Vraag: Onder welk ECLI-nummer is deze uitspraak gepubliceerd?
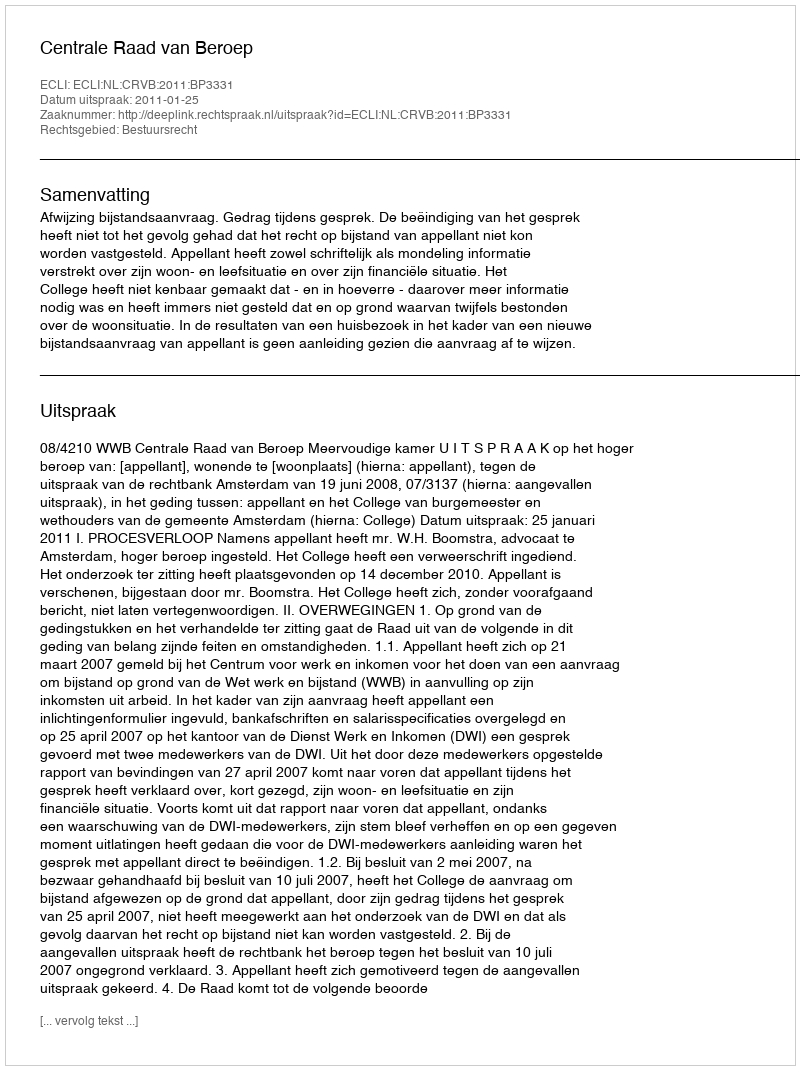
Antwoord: ECLI:NL:CRVB:2011:BP3331